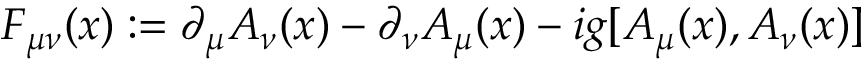
{ \cal F } _ { \mu \nu } ( x ) : = \partial _ { \mu } { \cal A } _ { \nu } ( x ) - \partial _ { \nu } { \cal A } _ { \mu } ( x ) - i g [ { \cal A } _ { \mu } ( x ) , { \cal A } _ { \nu } ( x ) ]